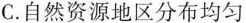
C.自然资源地区分布均匀